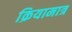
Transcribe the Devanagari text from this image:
क्रियामात्र